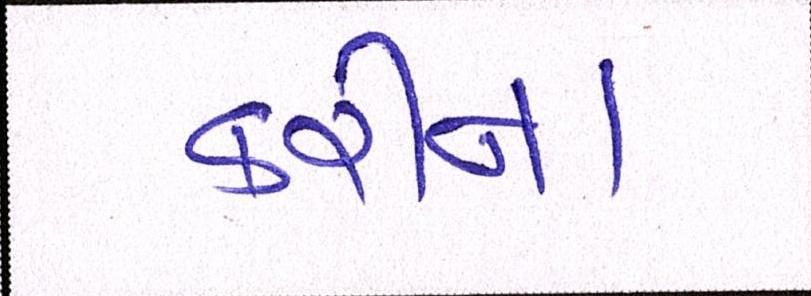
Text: કરીના